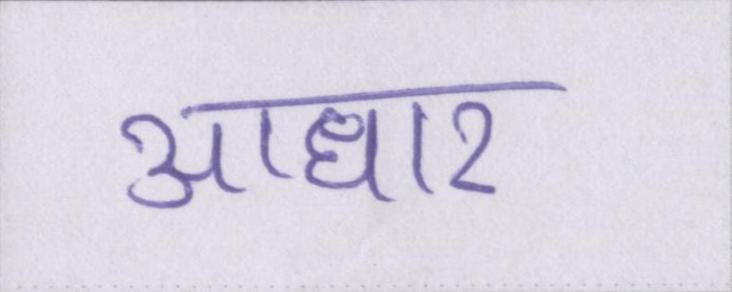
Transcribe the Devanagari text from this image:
आधार